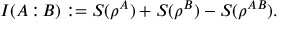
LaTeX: \; I ( A \! : \! B ) : = S ( \rho ^ { A } ) + S ( \rho ^ { B } ) - S ( \rho ^ { A B } ) .